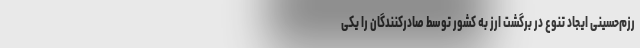
رزم‌حسینی ایجاد تنوع در برگشت ارز به کشور توسط صادرکنندگان را یکی